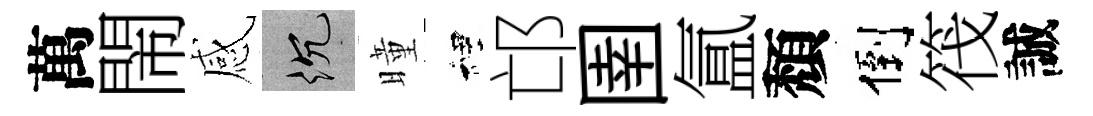
萬閙感沉曈裡邙圉氲頽倒筏誠